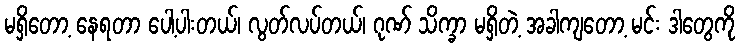
မရှိတော့ နေရတာ ပေါ့ပါးတယ်၊ လွတ်လပ်တယ်၊ ဂုဏ် သိက္ခာ မရှိတဲ့ အခါကျတော့ မင်း ဒါတွေကို